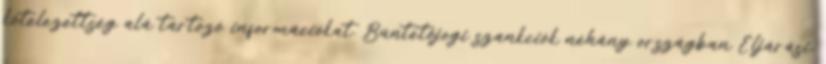
kötelezettség alá tartozó információkat. Büntetőjogi szankciók néhány országban Eljárási,